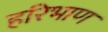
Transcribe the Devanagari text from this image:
हरिभाण